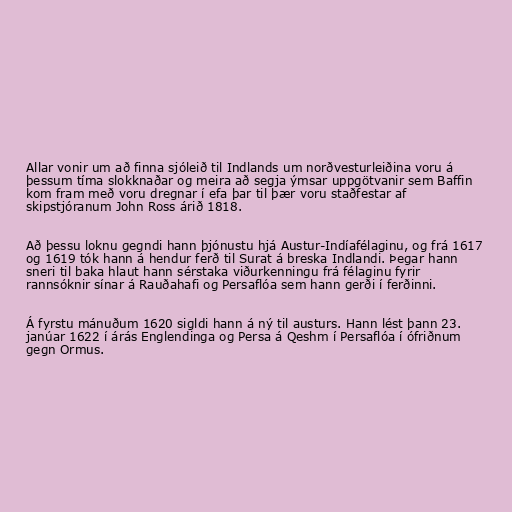
Allar vonir um að finna sjóleið til Indlands um norðvesturleiðina voru á
þessum tíma slokknaðar og meira að segja ýmsar uppgötvanir sem Baffin
kom fram með voru dregnar í efa þar til þær voru staðfestar af
skipstjóranum John Ross árið 1818.

Að þessu loknu gegndi hann þjónustu hjá Austur-Indíafélaginu, og frá 1617
og 1619 tók hann á hendur ferð til Surat á breska Indlandi. Þegar hann
sneri til baka hlaut hann sérstaka viðurkenningu frá félaginu fyrir
rannsóknir sínar á Rauðahafi og Persaflóa sem hann gerði í ferðinni.

Á fyrstu mánuðum 1620 sigldi hann á ný til austurs. Hann lést þann 23.
janúar 1622 í árás Englendinga og Persa á Qeshm í Persaflóa í ófriðnum
gegn Ormus.